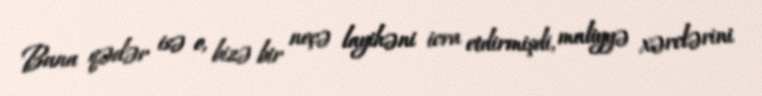
Buna qədər isə o, bizə bir neçə layihəni icra etdirmişdi, maliyyə xərclərini